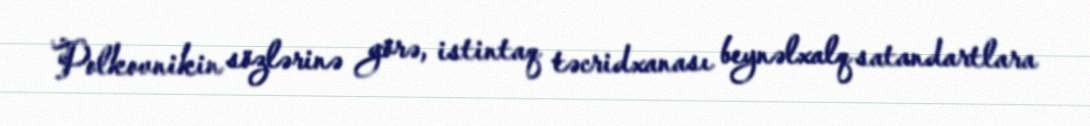
Polkovnikin sözlərinə görə, istintaq təcridxanası beynəlxalq satandartlara